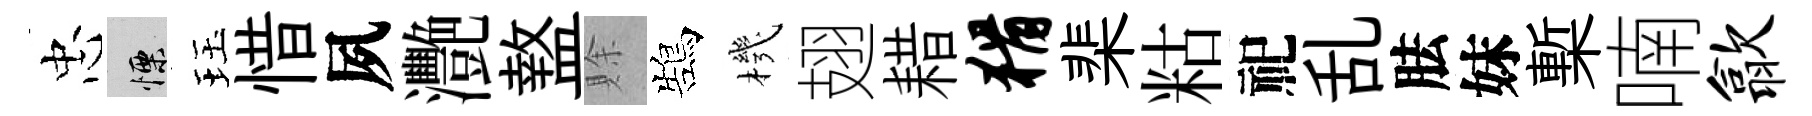
忠慄珏惜夙灧盩賖鵠機翅耤猾棐䊀祀乱胠妹槧喃歙